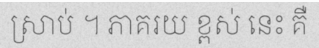
ស្រាប់ ។ ភាគរយ ខ្ពស់ នេះ គឺ